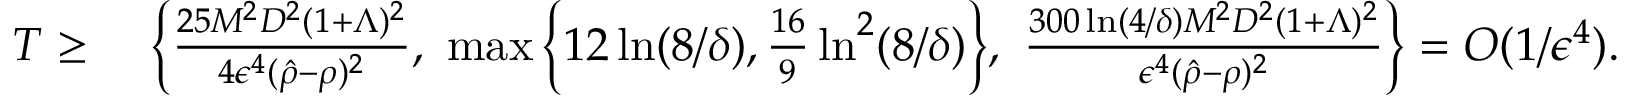
\begin{array} { r l } { T \geq } & { ~ \left\{ \frac { 2 5 M ^ { 2 } D ^ { 2 } ( 1 + \Lambda ) ^ { 2 } } { 4 \epsilon ^ { 4 } ( \hat { \rho } - \rho ) ^ { 2 } } , ~ \operatorname* { m a x } \Big \{ 1 2 \ln ( 8 / \delta ) , \frac { 1 6 } { 9 } \ln ^ { 2 } ( 8 / \delta ) \Big \} , ~ \frac { 3 0 0 \ln ( 4 / \delta ) M ^ { 2 } D ^ { 2 } ( 1 + \Lambda ) ^ { 2 } } { \epsilon ^ { 4 } ( \hat { \rho } - \rho ) ^ { 2 } } \right\} = O ( 1 / \epsilon ^ { 4 } ) . } \end{array}